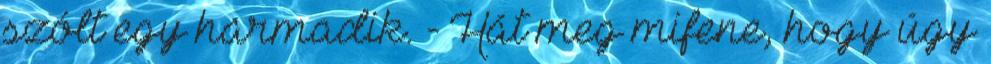
szólt egy harmadik. - Hát meg mifene, hogy úgy